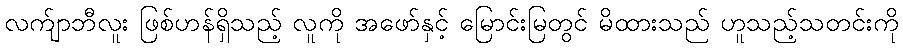
လက်ျာဘီလူး ဖြစ်ဟန်ရှိသည့် လူကို အဖော်နှင့် မြောင်းမြတွင် မိထားသည် ဟူသည့်သတင်းကို